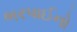
ભરપાઈનો